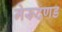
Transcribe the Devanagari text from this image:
मेरूदणड